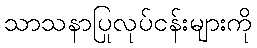
သာသနာပြုလုပ်ငန်းများကို